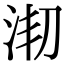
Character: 𣳱